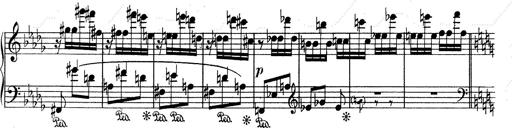
Title: Mephisto Waltz No.1
Composer: Franz Liszt